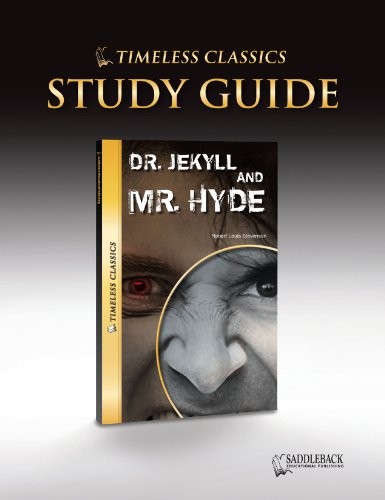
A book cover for Dr. Jekyll and Mr. Hyde Study Guide (Timeless) (Timeless Classics); Saddleback Educational Publishing; Teen & Young Adult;